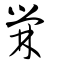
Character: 檾